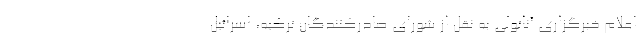
اعلام خبرگزاری آناتولی به نقل از شورای صادرکنندگان ترکیه، اسرائیل